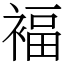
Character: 褔